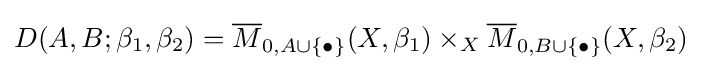
D(A,B;\beta _{1},\beta _{2})={\overline {M}}_{0,A\cup \{\bullet \}}(X,\beta _{1})\times _{X}{\overline {M}}_{0,B\cup \{\bullet \}}(X,\beta _{2})